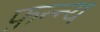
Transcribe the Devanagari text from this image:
फ़न्न्य